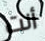
أنت